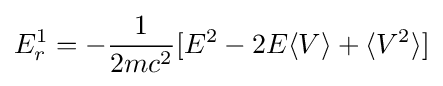
E_{r}^{1}=-{\frac {1}{2mc^{2}}}[E^{2}-2E\langle V\rangle +\langle V^{2}\rangle ]